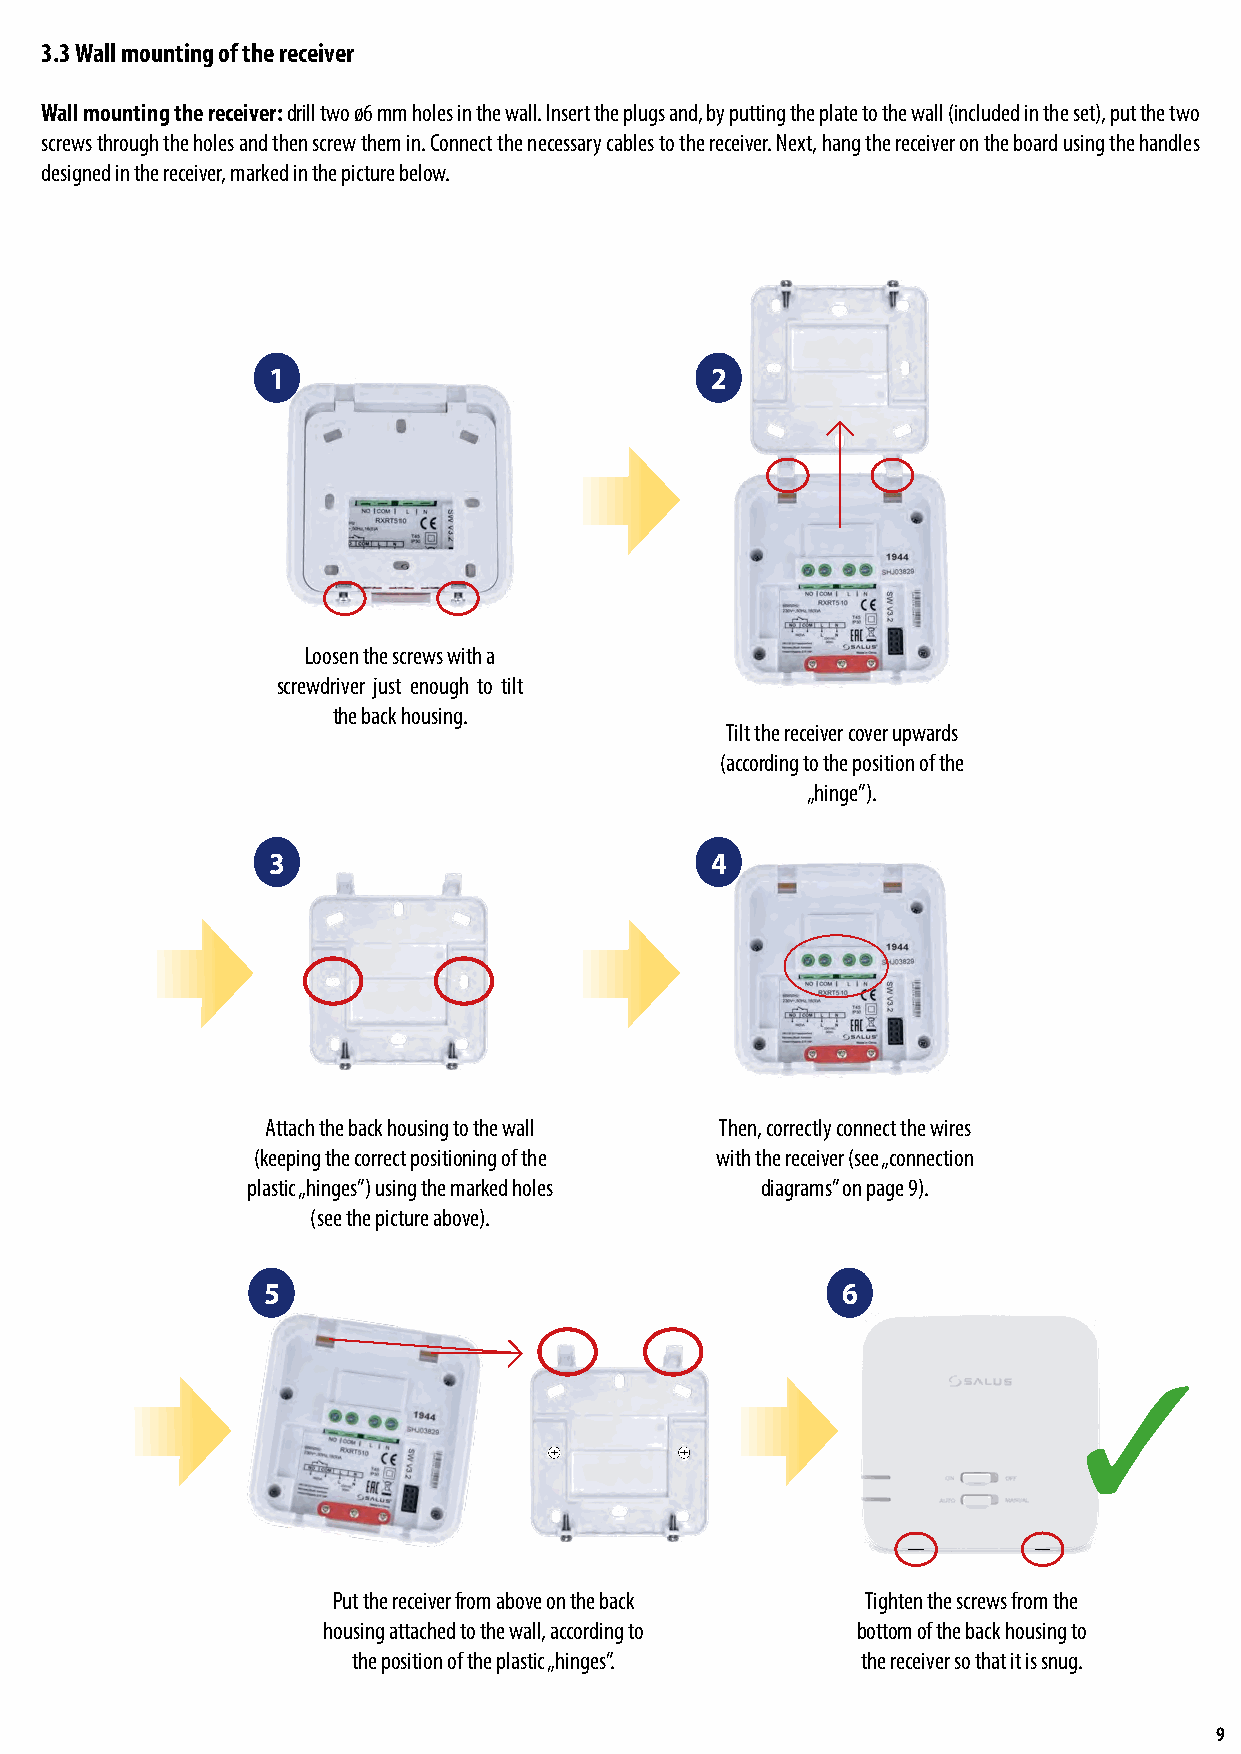
3.3 Wall mounting of the receiver
 Wall mounting the receiver: drill two ø6 mm holes in the wall. Insert the plugs and, by putting the plate to the wall (included in the set), put the two
 screws through the holes and then screw them in. Connect the necessary cables to the receiver. Next, hang the receiver on the board using the handles
 designed in the receiver, marked in the picture below.
 1                            2
 Loosen the screws with a
 screwdriver just enough to tilt
 the back housing.
 Tilt the receiver cover upwards
 (according to the position of the
 „hinge”).
 3                            4
 Attach the back housing to the wall Then, correctly connect the wires
 (keeping the correct positioning of the with the receiver (see „connection
 plastic „hinges”) using the marked holes diagrams” on page 9).
 (see the picture above).
 5                                      6
 3
 ..       ..
 Put the receiver from above on the back Tighten the screws from the
 housing attached to the wall, according to bottom of the back housing to
 the position of the plastic „hinges”. the receiver so that it is snug.
 9